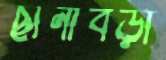
ছানাবড়া